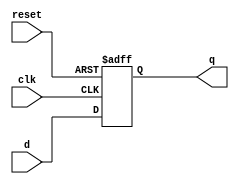
module d_ff_sync_reset (
    input wire clk,
    input wire reset,
    input wire d,
    output reg q
);

always @(posedge clk or posedge reset) begin
    if (reset) begin
        q <= 1'b0;  // Reset value
    end else begin
        q <= d;
    end
end

endmodule